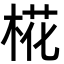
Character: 椛